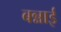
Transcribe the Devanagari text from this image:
बन्नाई